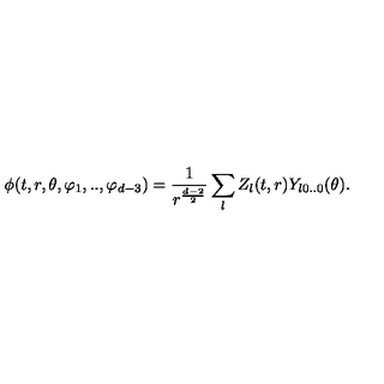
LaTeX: \phi ( t , r , \theta , \varphi _ { 1 } , . . , \varphi _ { d - 3 } ) = \frac { 1 } { r ^ { \frac { d - 2 } { 2 } } } \sum _ { l } Z _ { l } ( t , r ) Y _ { l 0 . . 0 } ( \theta ) .